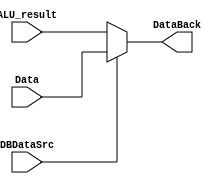
`timescale 1ns / 1ps
//////////////////////////////////////////////////////////////////////////////////
// Company: 
// Engineer: 
// 
// Design Name: 
// Module Name: Mux6
// Project Name: 
// Target Devices: 
// Tool Versions: 
// Description: 
// 
// Dependencies: 
// 
// Revision:
// Revision 0.01 - File Created
// Additional Comments:
// 
//////////////////////////////////////////////////////////////////////////////////


module Mux6(
    input DBDataSrc,
    input[31:0] ALU_result,
    input[31:0] Data,
    output[31:0] DataBack
    );
    assign DataBack = (DBDataSrc== 1'b0)? ALU_result:Data;
endmodule